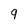
Character: 9